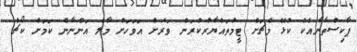
ޕާކިސްތާނާއެކު ކުޅޭ މެޗަށް ޓީމުތައްޔާރުކުރަން ވަރަށް އަވަހަށް މާލެ އަންނާނެ ކަމަށް ކޯޗު